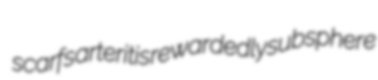
scarfs arteritis rewardedly subsphere